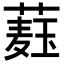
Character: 𦼆